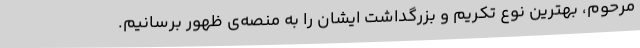
مرحوم، بهترین نوع تکریم و بزرگداشت ایشان را به منصه‌ی ظهور برسانیم.